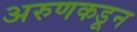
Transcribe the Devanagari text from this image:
अरुणकडून